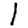
Digit: 1